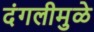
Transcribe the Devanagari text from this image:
दंगलीमुळे